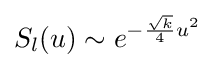
S_{l}(u)\sim e^{-{\frac {\sqrt {k}}{4}}u^{2}}